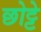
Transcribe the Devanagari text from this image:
छोट्टे